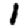
Digit: 1